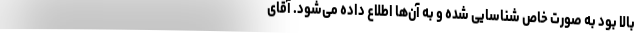
بالا بود به صورت خاص شناسایی شده و به آن‌ها اطلاع داده می‌شود. آقای